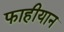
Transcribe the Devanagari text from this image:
फाहीयान